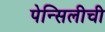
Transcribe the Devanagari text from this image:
पेन्सिलीची